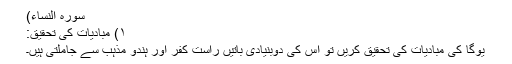
سورہ النساء)
۱) مبادیات کی تحقیق:
یوگا کی مبادیات کی تحقیق کریں تو اس کی دوبنیادی باتیں راست کفر اور ہندو مذہب سے جاملتی ہیں۔